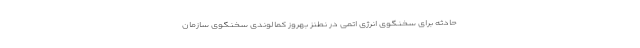
حادثه برای سخنگوی انرژی اتمی در نطنز بهروز کمالوندی سخنگوی سازمان